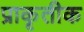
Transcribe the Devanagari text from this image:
प्राकृतीक